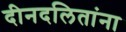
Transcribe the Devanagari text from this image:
दीनदलितांना